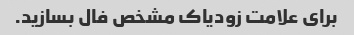
برای علامت زودیاک مشخص فال بسازید.